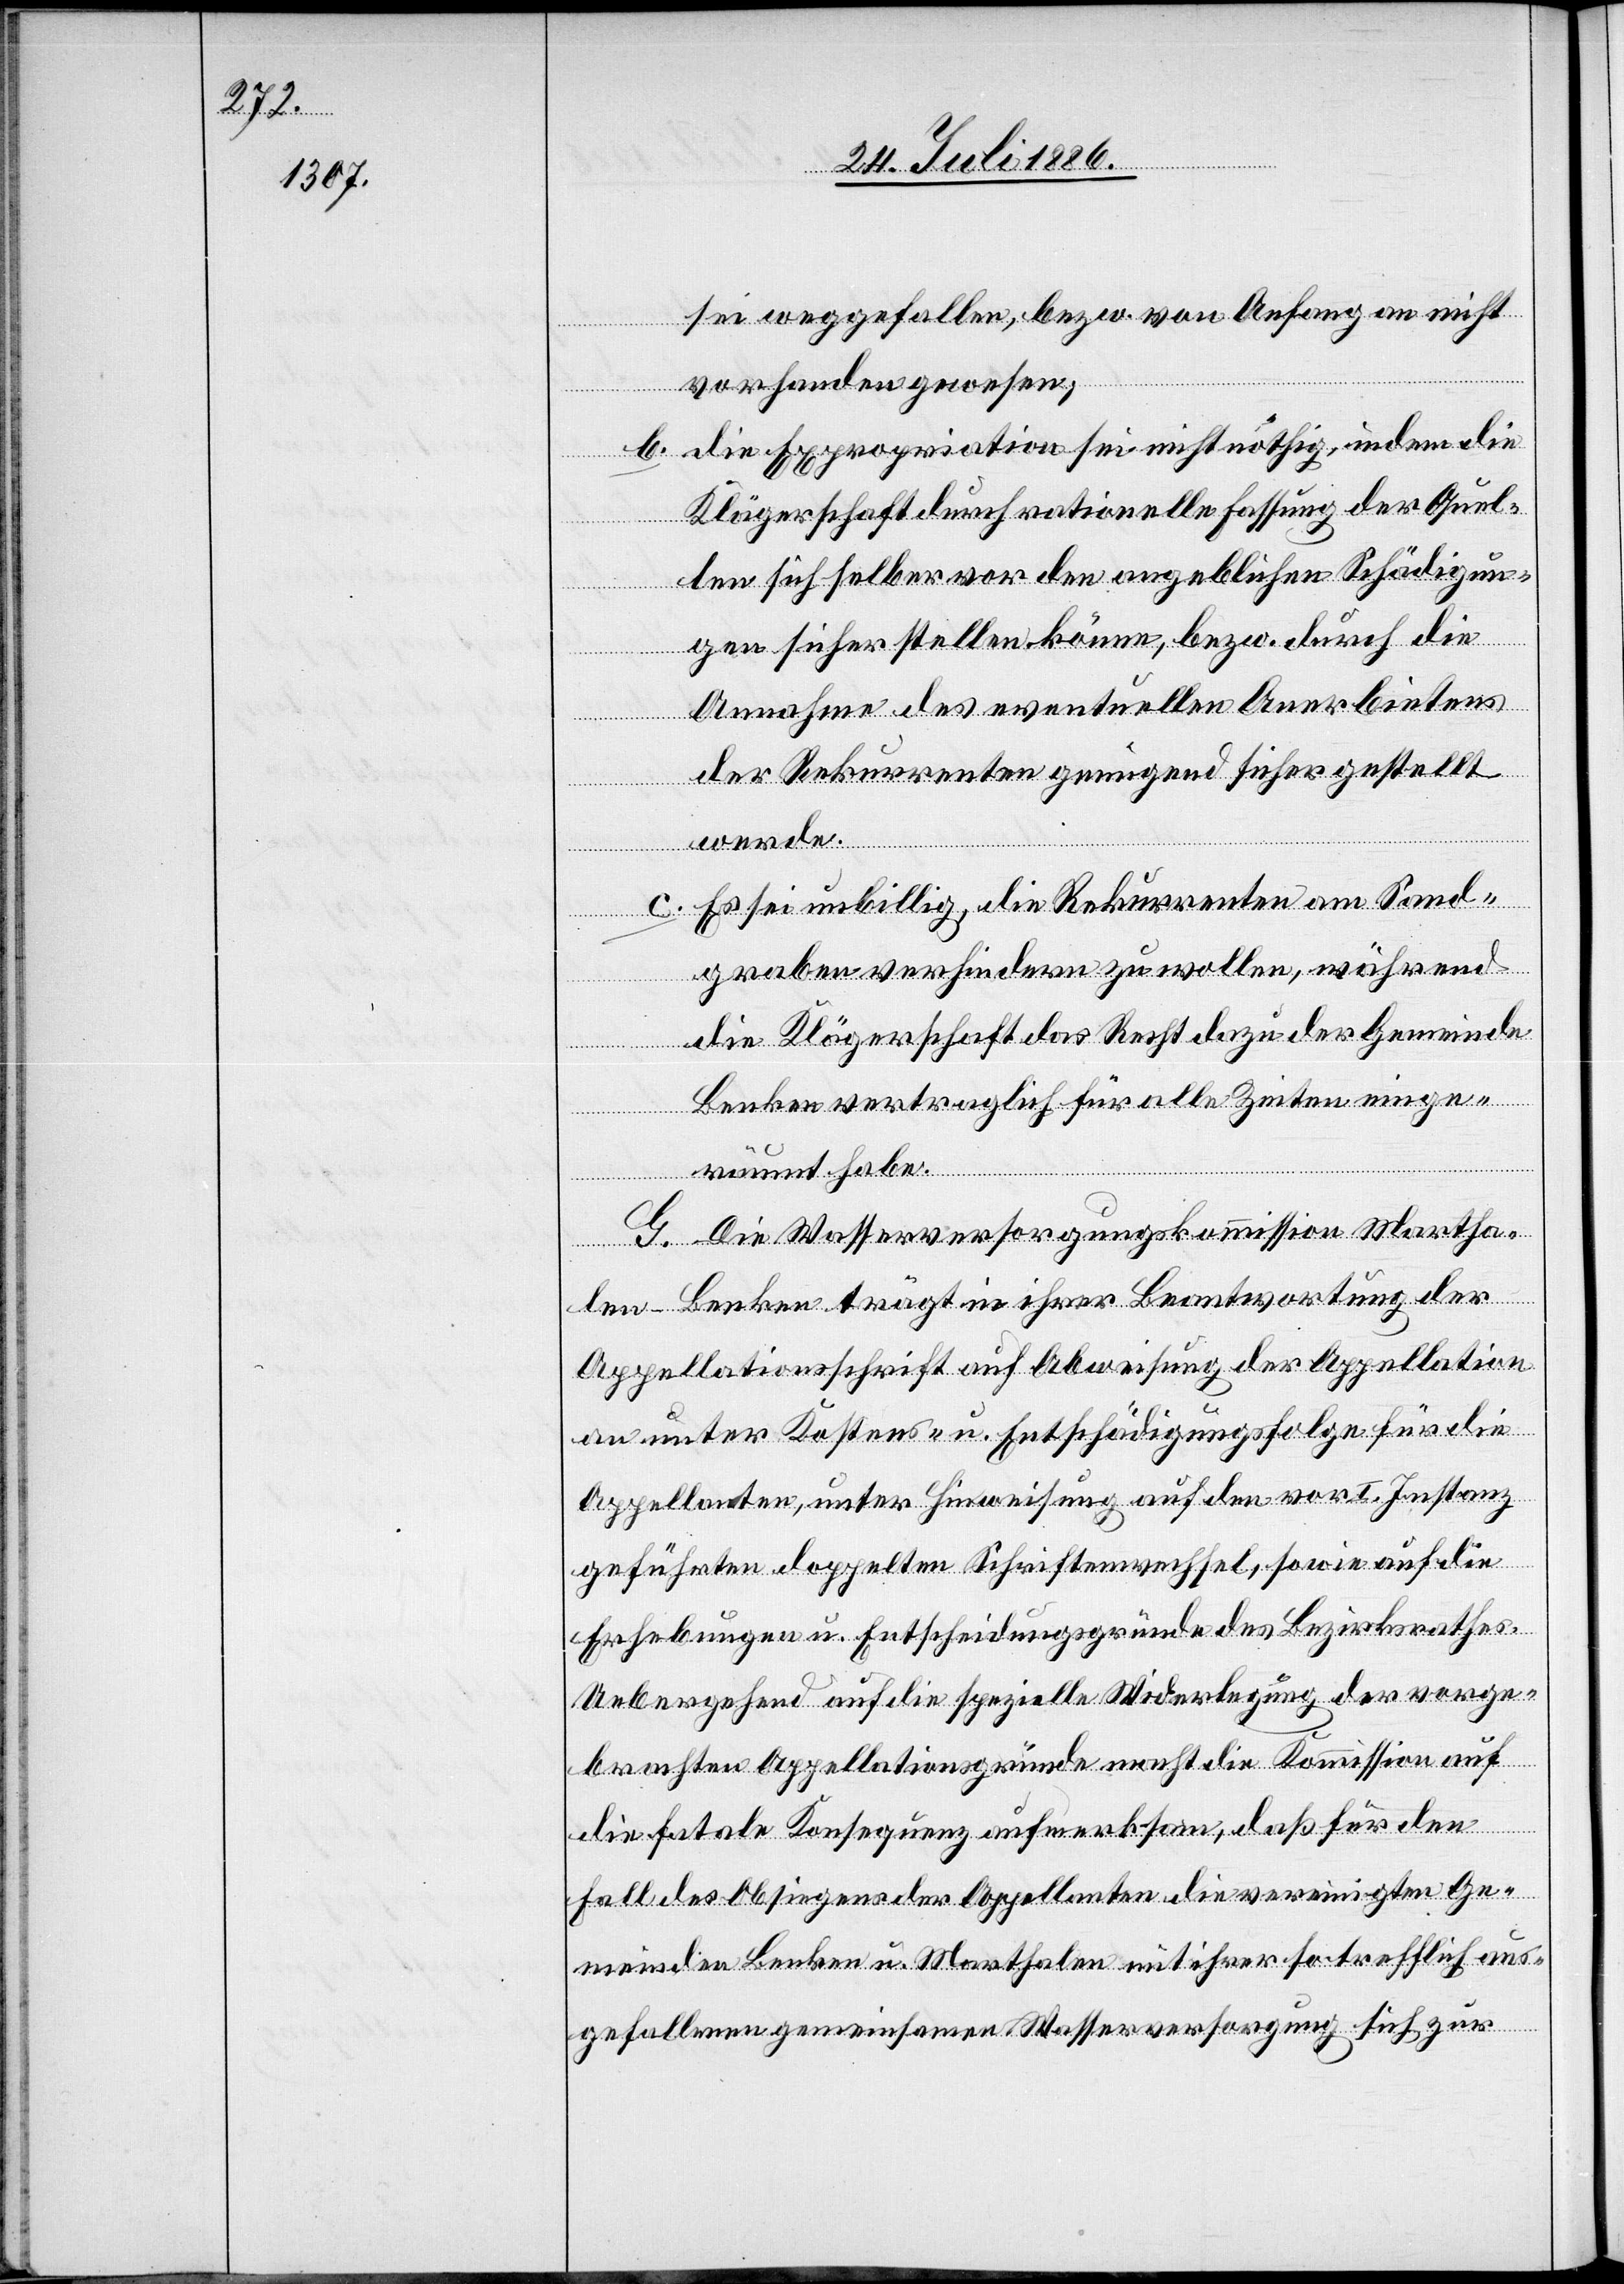
sei weggefallen, bezw. von Anfang an nicht
vorhanden gewesen;
b. die Expropriation sei nicht nöthig, indem die
Klägerschaft durch rationelle Fassung der Quel¬
len sich selber vor den angeblichen Schädigun¬
gen sicher stellen könne, bezw. durch die
Annahme des eventuellen Anerbietens
der Rekurrenten genügend sicher gestellt
werde.
c. Es sei unbillig, die Rekurrenten am Sand¬
graben verhindern zu wollen, während
die Klägerschaft das Recht dazu der Gemeinde
Benken vertraglich für alle Zeiten einge¬
räumt habe.
G. Die Wasserversorgungskommission Martha¬
len-Benken trägt in ihrer Beantwortung der
Appellationsschrift auf Abweisung der Appellation
an unter Kostens- [sic!] u. Entschädigungsfolge für die
Appellanten, unter Hinweisung auf den vor I. Instanz
geführten doppelten Schriftenwechsel, sowie auf die
Erhebungen u. Entscheidungsgründe des Bezirksrathes.
Uebergehend auf die spezielle Widerlegung der vorge¬
brachten Appellationsgründe macht die Kommission auf
die fatale Konsequenz aufmerksam, daß für den
Fall des Obsiegens der Appellanten die vereinigten Ge¬
meinden Benken u. Marthalen mit ihrer so trefflich aus¬
gefallenen gemeinsamen Wasserversorgung sich zur